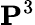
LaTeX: \mathbf{P}^{3}